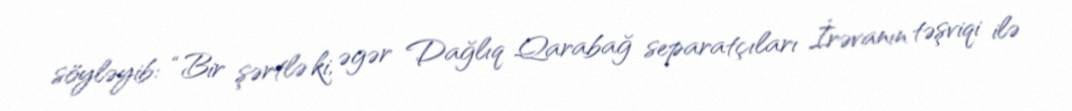
söyləyib: “Bir şərtlə ki, əgər Dağlıq Qarabağ separatçıları İrəvanın təşviqi ilə